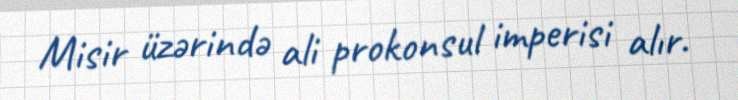
Misir üzərində ali prokonsul imperisi alır.